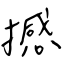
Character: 撼